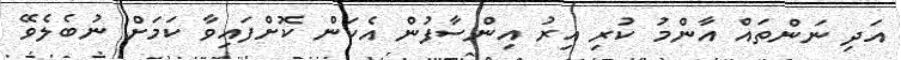
އަދި ނަންތައް އާންމު ކުރި އިރު އިންސާފުން އެކަން ކޮށްފައިވާ ކަމަށް ނުބެލެވޭ